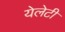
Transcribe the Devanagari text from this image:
येलेटी